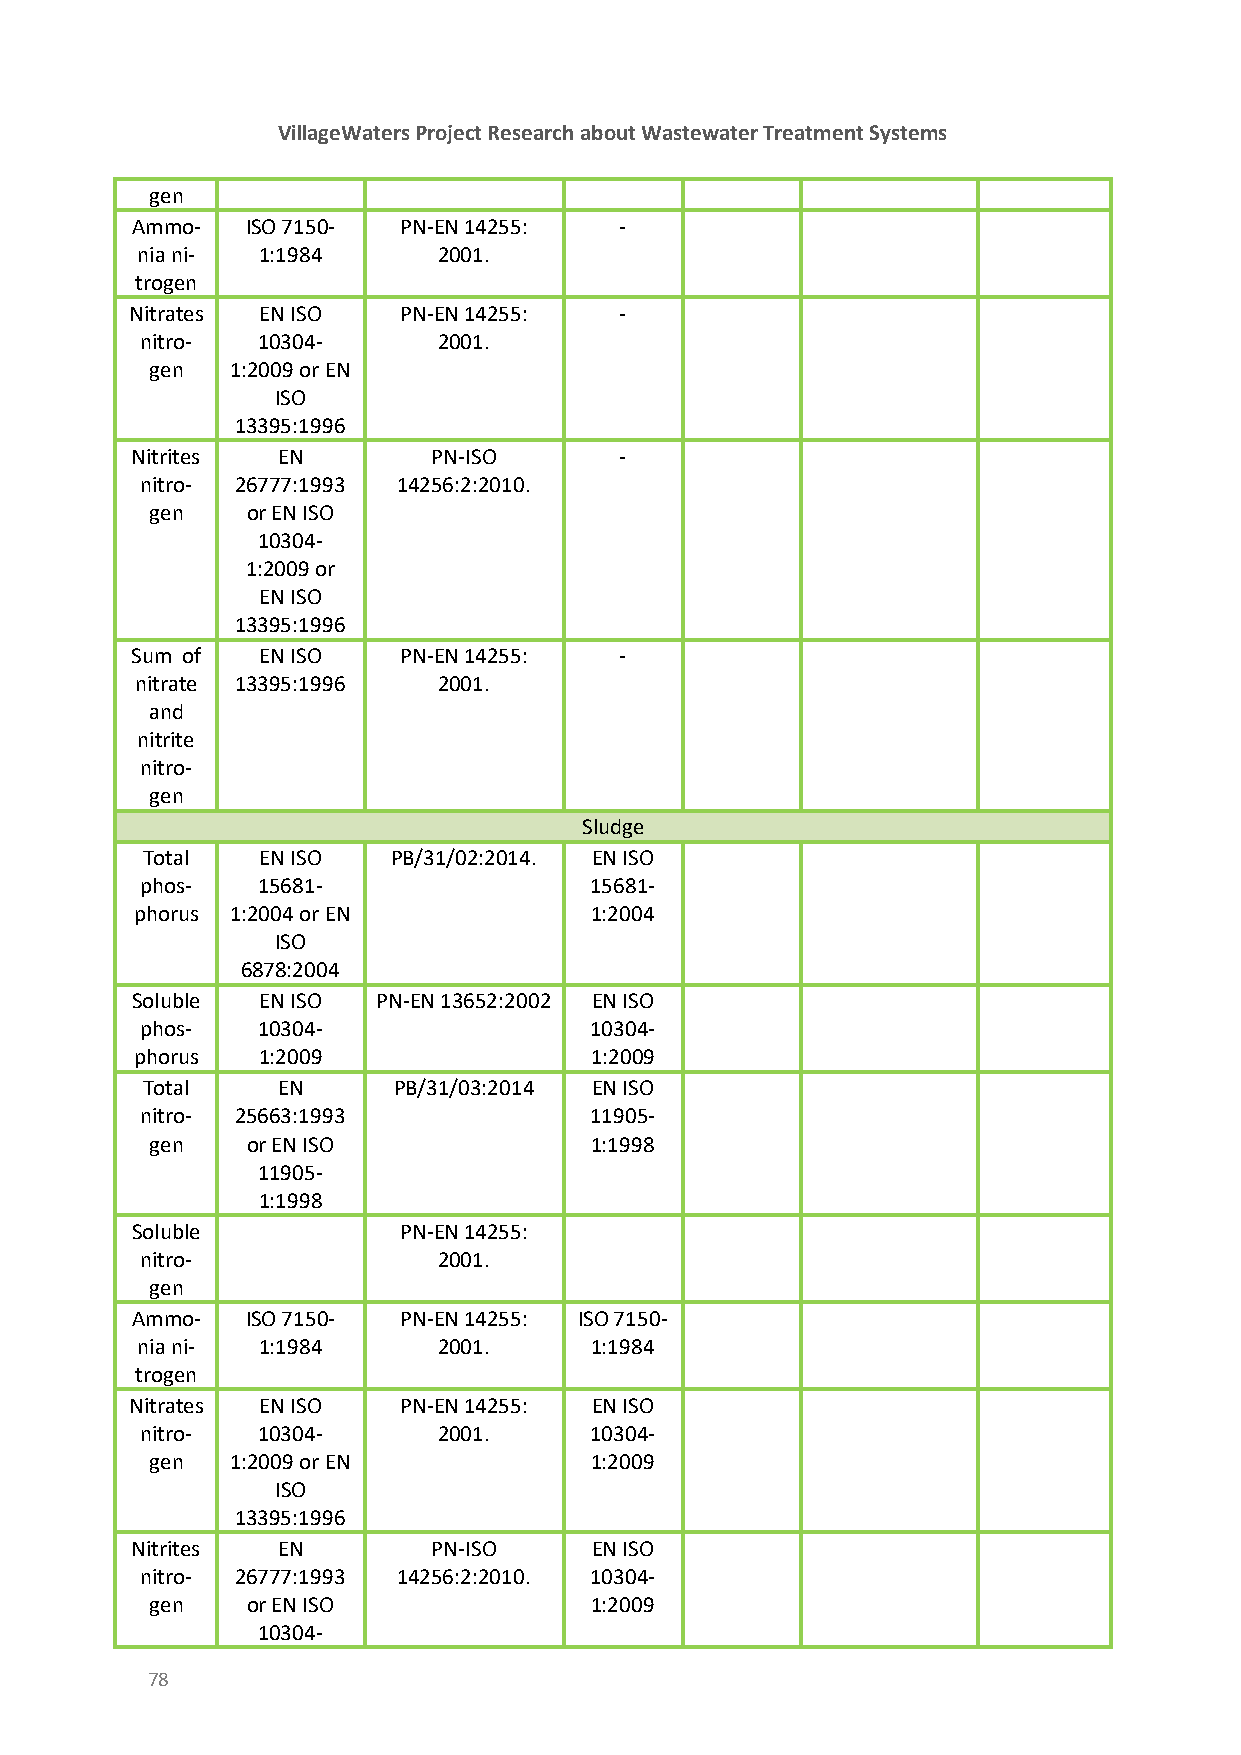
VillageWaters Project Research about Wastewater Treatment Systems
 gen
 Ammo-  ISO 7150- PN-EN 14255:   -
 nia ni- 1:1984      2001.
 trogen
 Nitrates EN ISO  PN-EN 14255:   -
 nitro-  10304-      2001.
 gen  1:2009 or EN
 ISO
 13395:1996
 Nitrites EN         PN-ISO      -
 nitro- 26777:1993 14256:2:2010.
 gen   or EN ISO
 10304-
 1:2009 or
 EN ISO
 13395:1996
 Sum of  EN ISO   PN-EN 14255:   -
 nitrate 13395:1996  2001.
 and
 nitrite
 nitro-
 gen
 Sludge
 Total   EN ISO   PB/31/02:2014. EN ISO
 phos-   15681-                15681-
 phorus 1:2004 or EN           1:2004
 ISO
 6878:2004
 Soluble EN ISO  PN-EN 13652:2002 EN ISO
 phos-   10304-                10304-
 phorus  1:2009                1:2009
 Total    EN      PB/31/03:2014 EN ISO
 nitro- 25663:1993             11905-
 gen   or EN ISO              1:1998
 11905-
 1:1998
 Soluble          PN-EN 14255:
 nitro-              2001.
 gen
 Ammo-  ISO 7150- PN-EN 14255: ISO 7150-
 nia ni- 1:1984      2001.     1:1984
 trogen
 Nitrates EN ISO  PN-EN 14255: EN ISO
 nitro-  10304-      2001.     10304-
 gen  1:2009 or EN            1:2009
 ISO
 13395:1996
 Nitrites EN         PN-ISO    EN ISO
 nitro- 26777:1993 14256:2:2010. 10304-
 gen   or EN ISO              1:2009
 10304-
 78